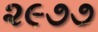
૨૯૭૭